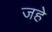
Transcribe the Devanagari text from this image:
जहे